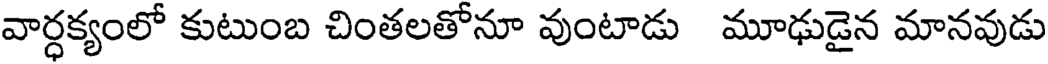
వార్ధక్యంలో కుటుంబ చింతలతోనూ వుంటాడు మూఢుడైన మానవుడు